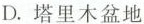
D.塔里木盆地